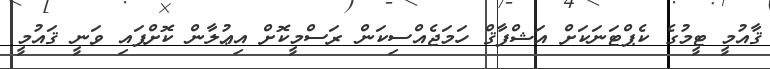
ޤާއުމީ ޓީމުގެ ކެޕްޓަނަކަށް އަޝްފާޤް ހަމަޖެއްސިކަން ރަސްމީކޮށް އިޢުލާން ކޮށްފައި ވަނީ ޤައުމީ